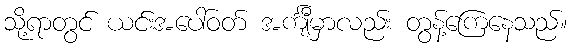
သို့ရာတွင် ယင်းအပေါ်ဝတ် အင်္ကျီမှာလည်း တွန့်ကြေနေသည်။